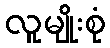
လူမျိုးစုံ